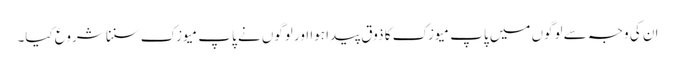
ان کی وجہ سے لوگوں میں پاپ میوزک کا ذوق پیدا ہوا اور لوگوں نے پاپ میوزک سننا شروع کیا۔